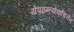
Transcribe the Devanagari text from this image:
येपठन्त्येकचित्तेन